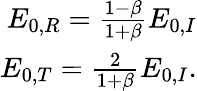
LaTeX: \begin{array}{r}{E_{0,R}=\frac{1-\beta}{1+\beta}E_{0,I}}\\ {E_{0,T}=\frac{2}{1+\beta}E_{0,I}.}\end{array}